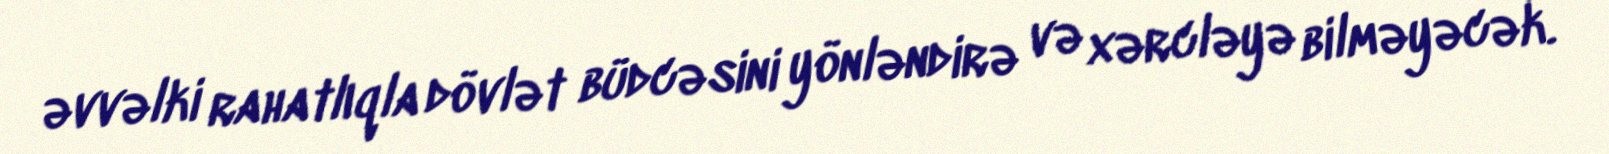
əvvəlki rahatlıqla dövlət büdcəsini yönləndirə və xərcləyə bilməyəcək.